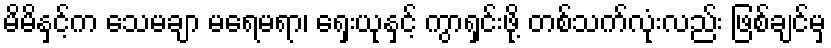
မိမိနှင့်က သေမချာ မရေမရာ၊ ရှေးယုနှင့် ကွာရှင်းဖို့ တစ်သက်လုံးလည်း ဖြစ်ချင်မှ